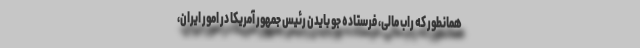
همانطور که راب مالی، فرستاده جو بایدن رئیس جمهور آمریکا در امور ایران،